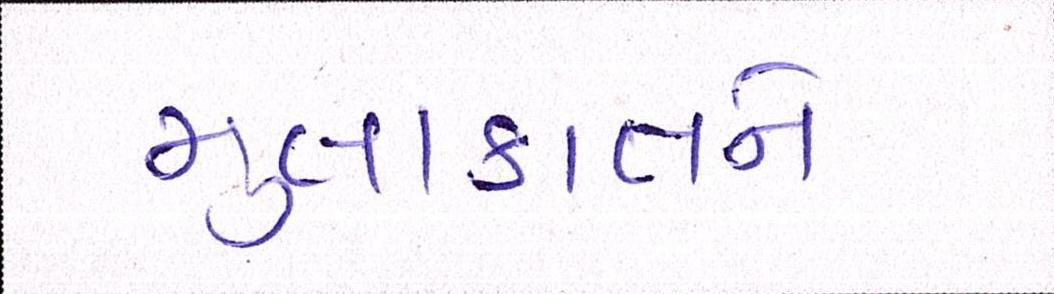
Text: મુલાકાતને